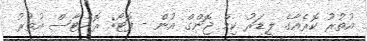
އުތުރު ކޮރެއާގެ ލީޑަރު ކިމް ޖޮންގް އުން - ފޮޓޯ: ރޮއެޓާސް އުތުރު